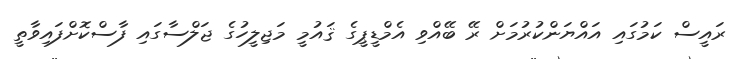
ރައީސް ކަމުގައި އައްޔަންކުރުމަށް ރޭ ބޭއްވި އެމްޑީޕީގެ ޤައުމީ މަޖިލީހުގެ ޖަލްސާގައި ފާސްކޮށްފައިވާތީ